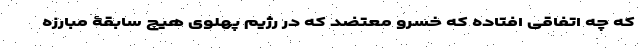
که چه اتفاقی افتاده که خسرو معتضد که در رژیم پهلوی هیچ سابقۀ مبارزه